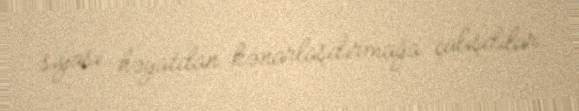
siyasi həyatdan kənarlaşdırmağa çalışdılar.